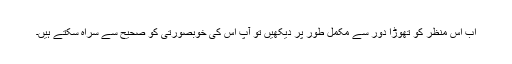
اب اس منظر کو تھوڑا دور سے مکمل طور پر دیکھیں تو آپ اس کی خوبصورتی کو صحیح سے سراہ سکتے ہیں۔